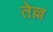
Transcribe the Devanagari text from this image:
तेल्ल